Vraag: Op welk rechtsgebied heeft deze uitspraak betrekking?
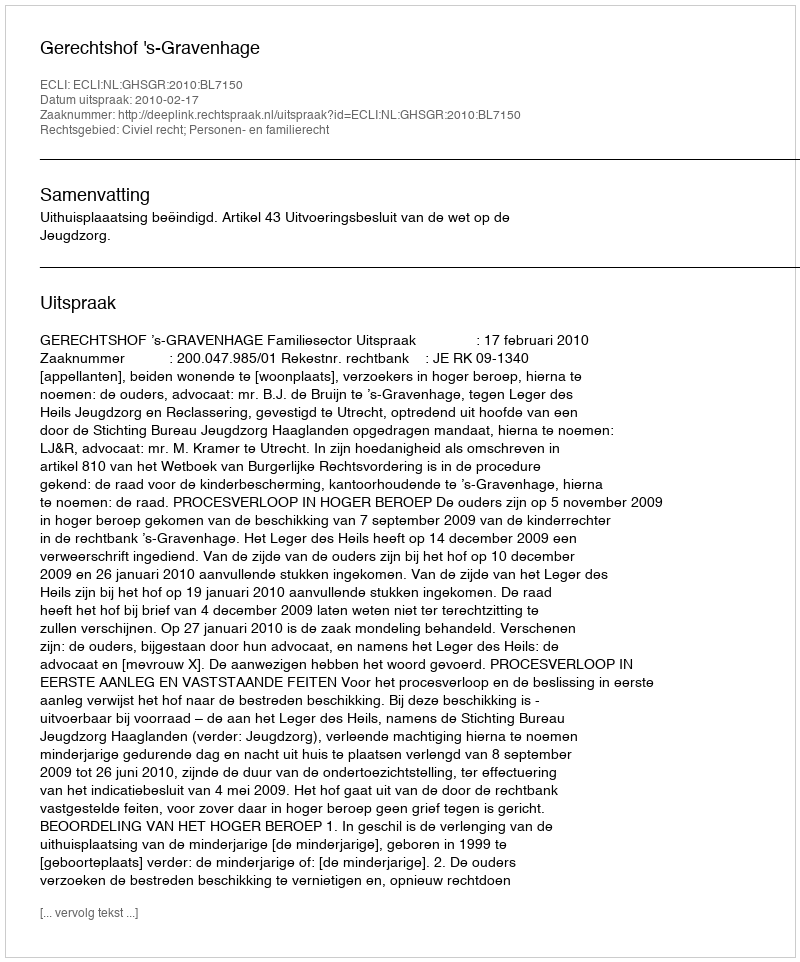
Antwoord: Civiel recht; Personen- en familierecht